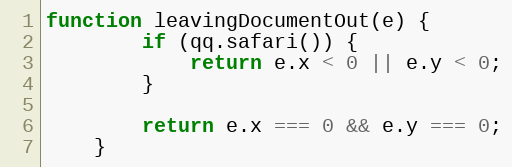
Language: JavaScript
function leavingDocumentOut(e) {
        if (qq.safari()) {
            return e.x < 0 || e.y < 0;
        }

        return e.x === 0 && e.y === 0;
    }